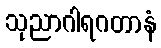
သုညာဂါရဂတာနံ